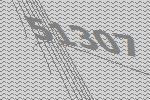
51307